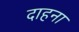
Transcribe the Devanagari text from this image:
दाहना